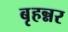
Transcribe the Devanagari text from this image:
बृहन्नर